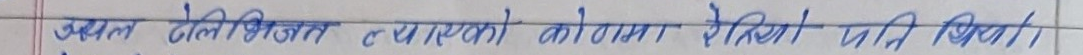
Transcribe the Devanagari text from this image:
उक्त मेल सिजन नभएको कोठामा राखिएको पनि थियो।